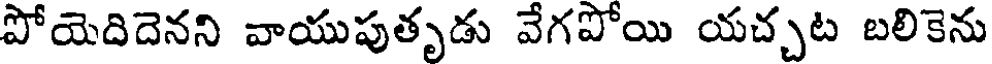
పోయెదిదెనని వాయుపుతృడు వేగపోయి యచ్చట బలికెను